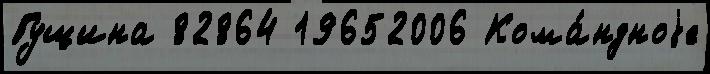
Гущина 82864 19652006 Кома́ндноjе